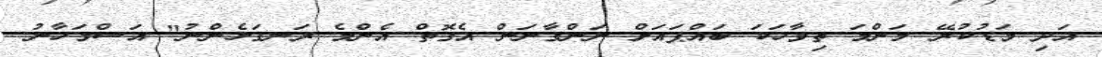
އަދި މަޑުކުރޭ މަންމަ ތިވާހަކަ ބައްޕައަށް ނަންގާނަން އެގޮތް އެންމެ ރަނގަޅެންނު" އަސްމަހާނު